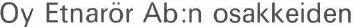
Oy Etnarör Ab:n osakkeiden